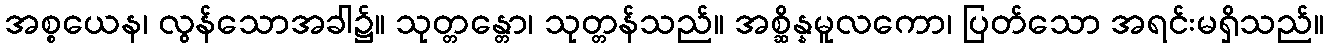
အစ္စယေန၊ လွန်သောအခါ၌။ သုတ္တန္တော၊ သုတ္တန်သည်။ အစ္ဆိန္နမူလကော၊ ပြတ်သော အရင်းမရှိသည်။